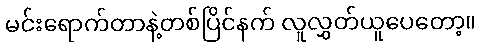
မင်းရောက်တာနဲ့တစ်ပြိင်နက် လူလွှတ်ယူပေတော့။